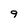
Character: 9